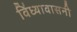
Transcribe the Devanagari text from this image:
विंध्यावासनी